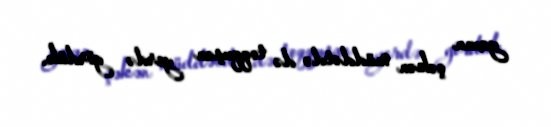
yaxın çəkən müddətdə də toqquşan yerdə gördük.